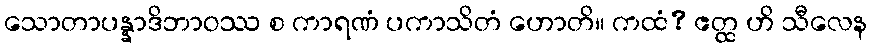
သောတာပန္နာဒိဘာဝဿ စ ကာရဏံ ပကာသိတံ ဟောတိ။ ကထံ? ဧတ္ထ ဟိ သီလေန